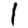
Digit: 1